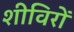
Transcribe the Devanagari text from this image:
शीविरों